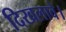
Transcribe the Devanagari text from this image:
दिखलावे।